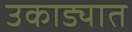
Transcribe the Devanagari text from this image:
उकाड्यात